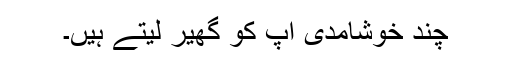
چند خوشامدی آپ کو گھیر لیتے ہیں۔